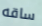
ساقه